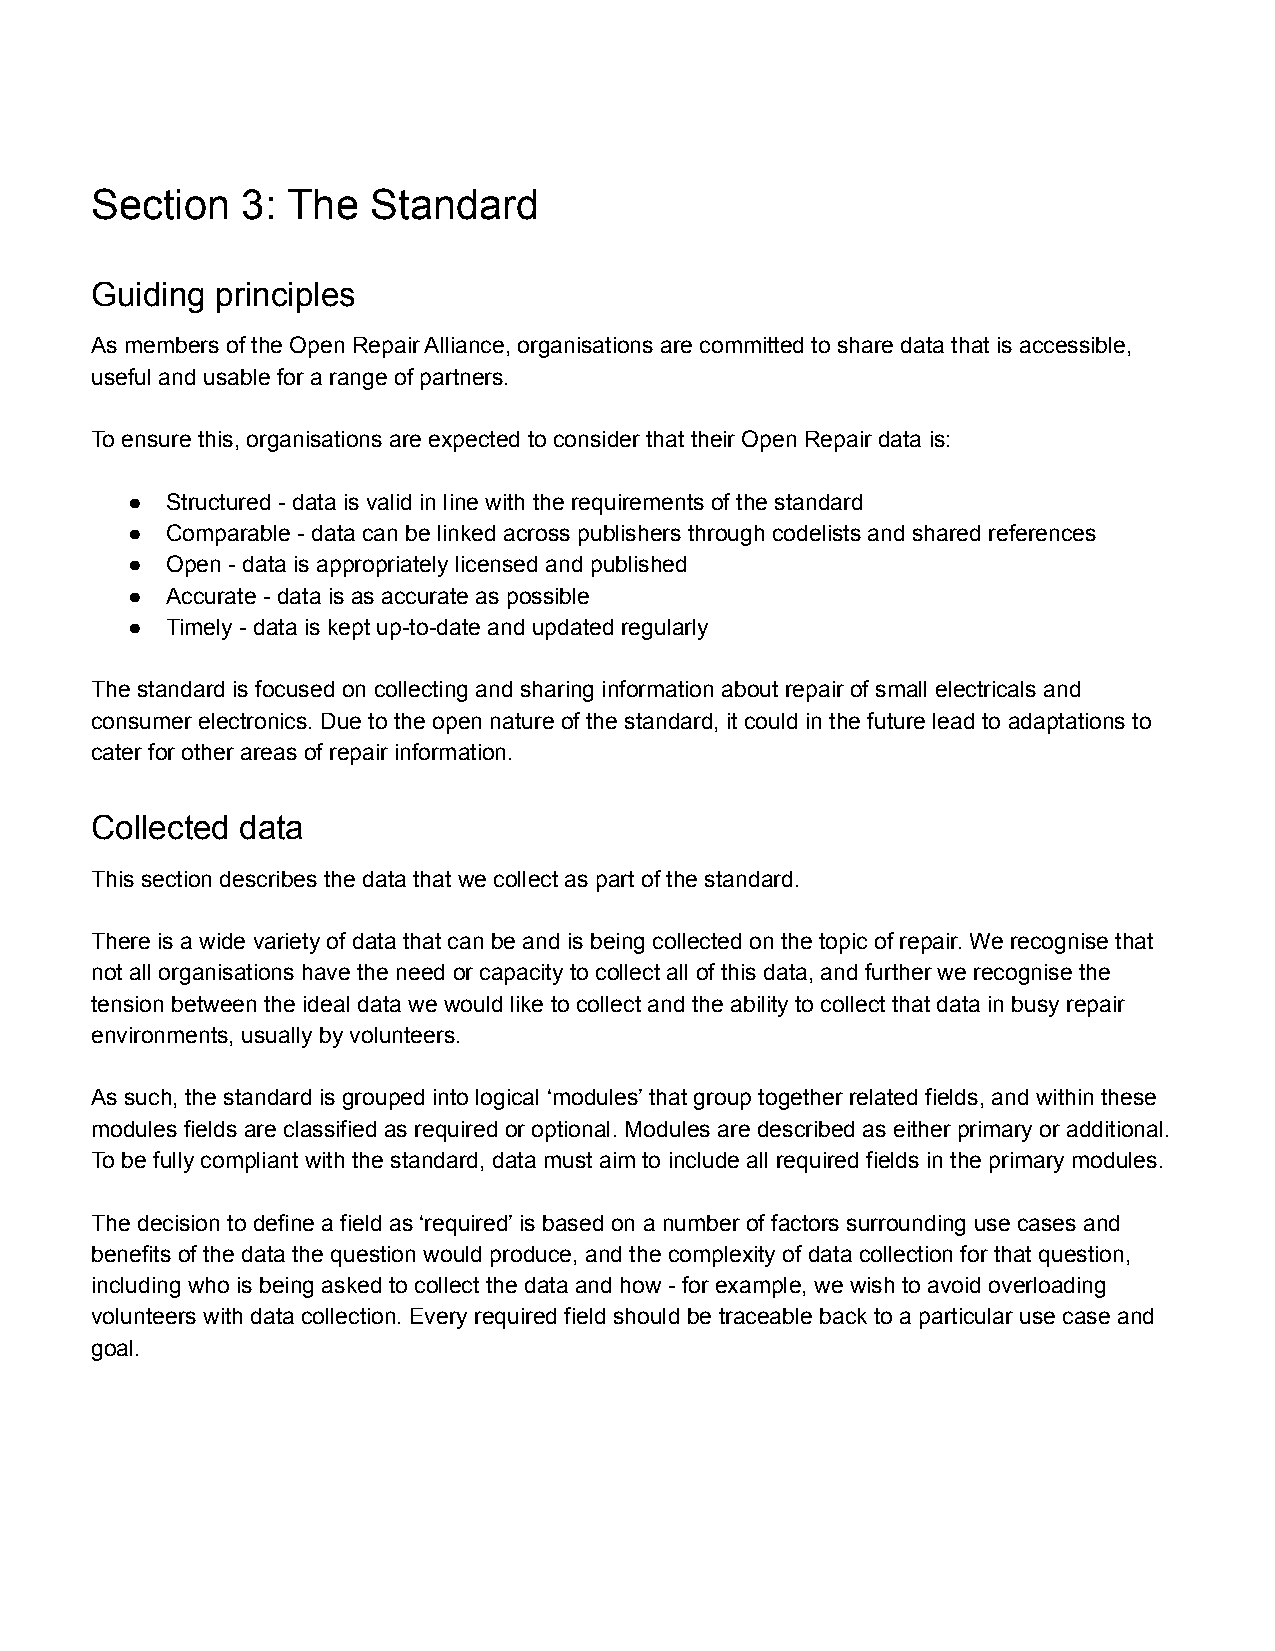
Section   3: The   Standard
 Guiding principles
 As members of the Open Repair Alliance, organisations are committed to share data that is accessible,
 useful and usable for a range of partners.
 To ensure this, organisations are expected to consider that their Open Repair data is:
 ● Structured - data is valid in line with the requirements of the standard
 ● Comparable - data can be linked across publishers through codelists and shared references
 ● Open - data is appropriately licensed and published
 ● Accurate - data is as accurate as possible
 ● Timely - data is kept up-to-date and updated regularly
 The standard is focused on collecting and sharing information about repair of small electricals and
 consumer electronics. Due to the open nature of the standard, it could in the future lead to adaptations to
 cater for other areas of repair information.
 Collected data
 This section describes the data that we collect as part of the standard.
 There is a wide variety of data that can be and is being collected on the topic of repair. We recognise that
 not all organisations have the need or capacity to collect all of this data, and further we recognise the
 tension between the ideal data we would like to collect and the ability to collect that data in busy repair
 environments, usually by volunteers.
 As such, the standard is grouped into logical ‘modules’ that group together related fields, and within these
 modules fields are classified as required or optional. Modules are described as either primary or additional.
 To be fully compliant with the standard, data must aim to include all required fields in the primary modules.
 The decision to define a field as ‘required’ is based on a number of factors surrounding use cases and
 benefits of the data the question would produce, and the complexity of data collection for that question,
 including who is being asked to collect the data and how - for example, we wish to avoid overloading
 volunteers with data collection. Every required field should be traceable back to a particular use case and
 goal.